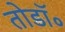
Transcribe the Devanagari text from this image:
तोडॉ॰